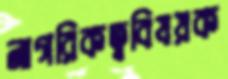
নাগরিকত্ববিষয়ক